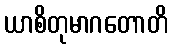
ယာစိတုမာဂတောတိ